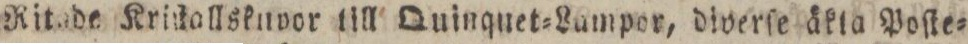
Ritade Kriſtallsknvor till Quinquet=Lampor, diverſe äkta Poſte=